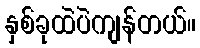
နှစ်ခုထဲပဲကျန်တယ်။